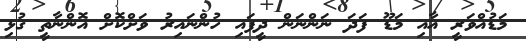
މަޑުއްވަރީ އާއި މަޑޫ ފަދަ ނަންނަން ދީފައި ހުންނައިރު ވަށްކޮށް އޮންނާތީ ގުޅި